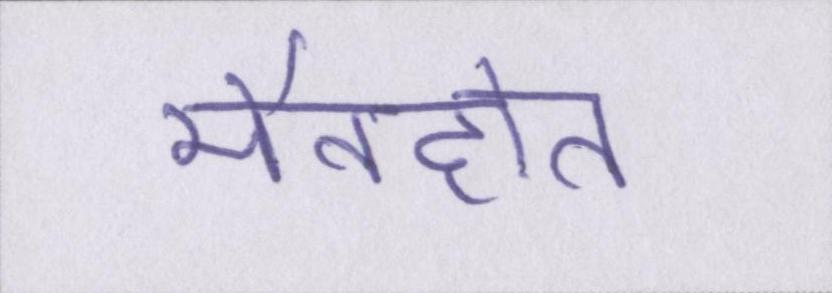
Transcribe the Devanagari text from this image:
मैनहोल